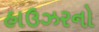
હાઉઝરનો